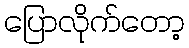
ပြောလိုက်တော့